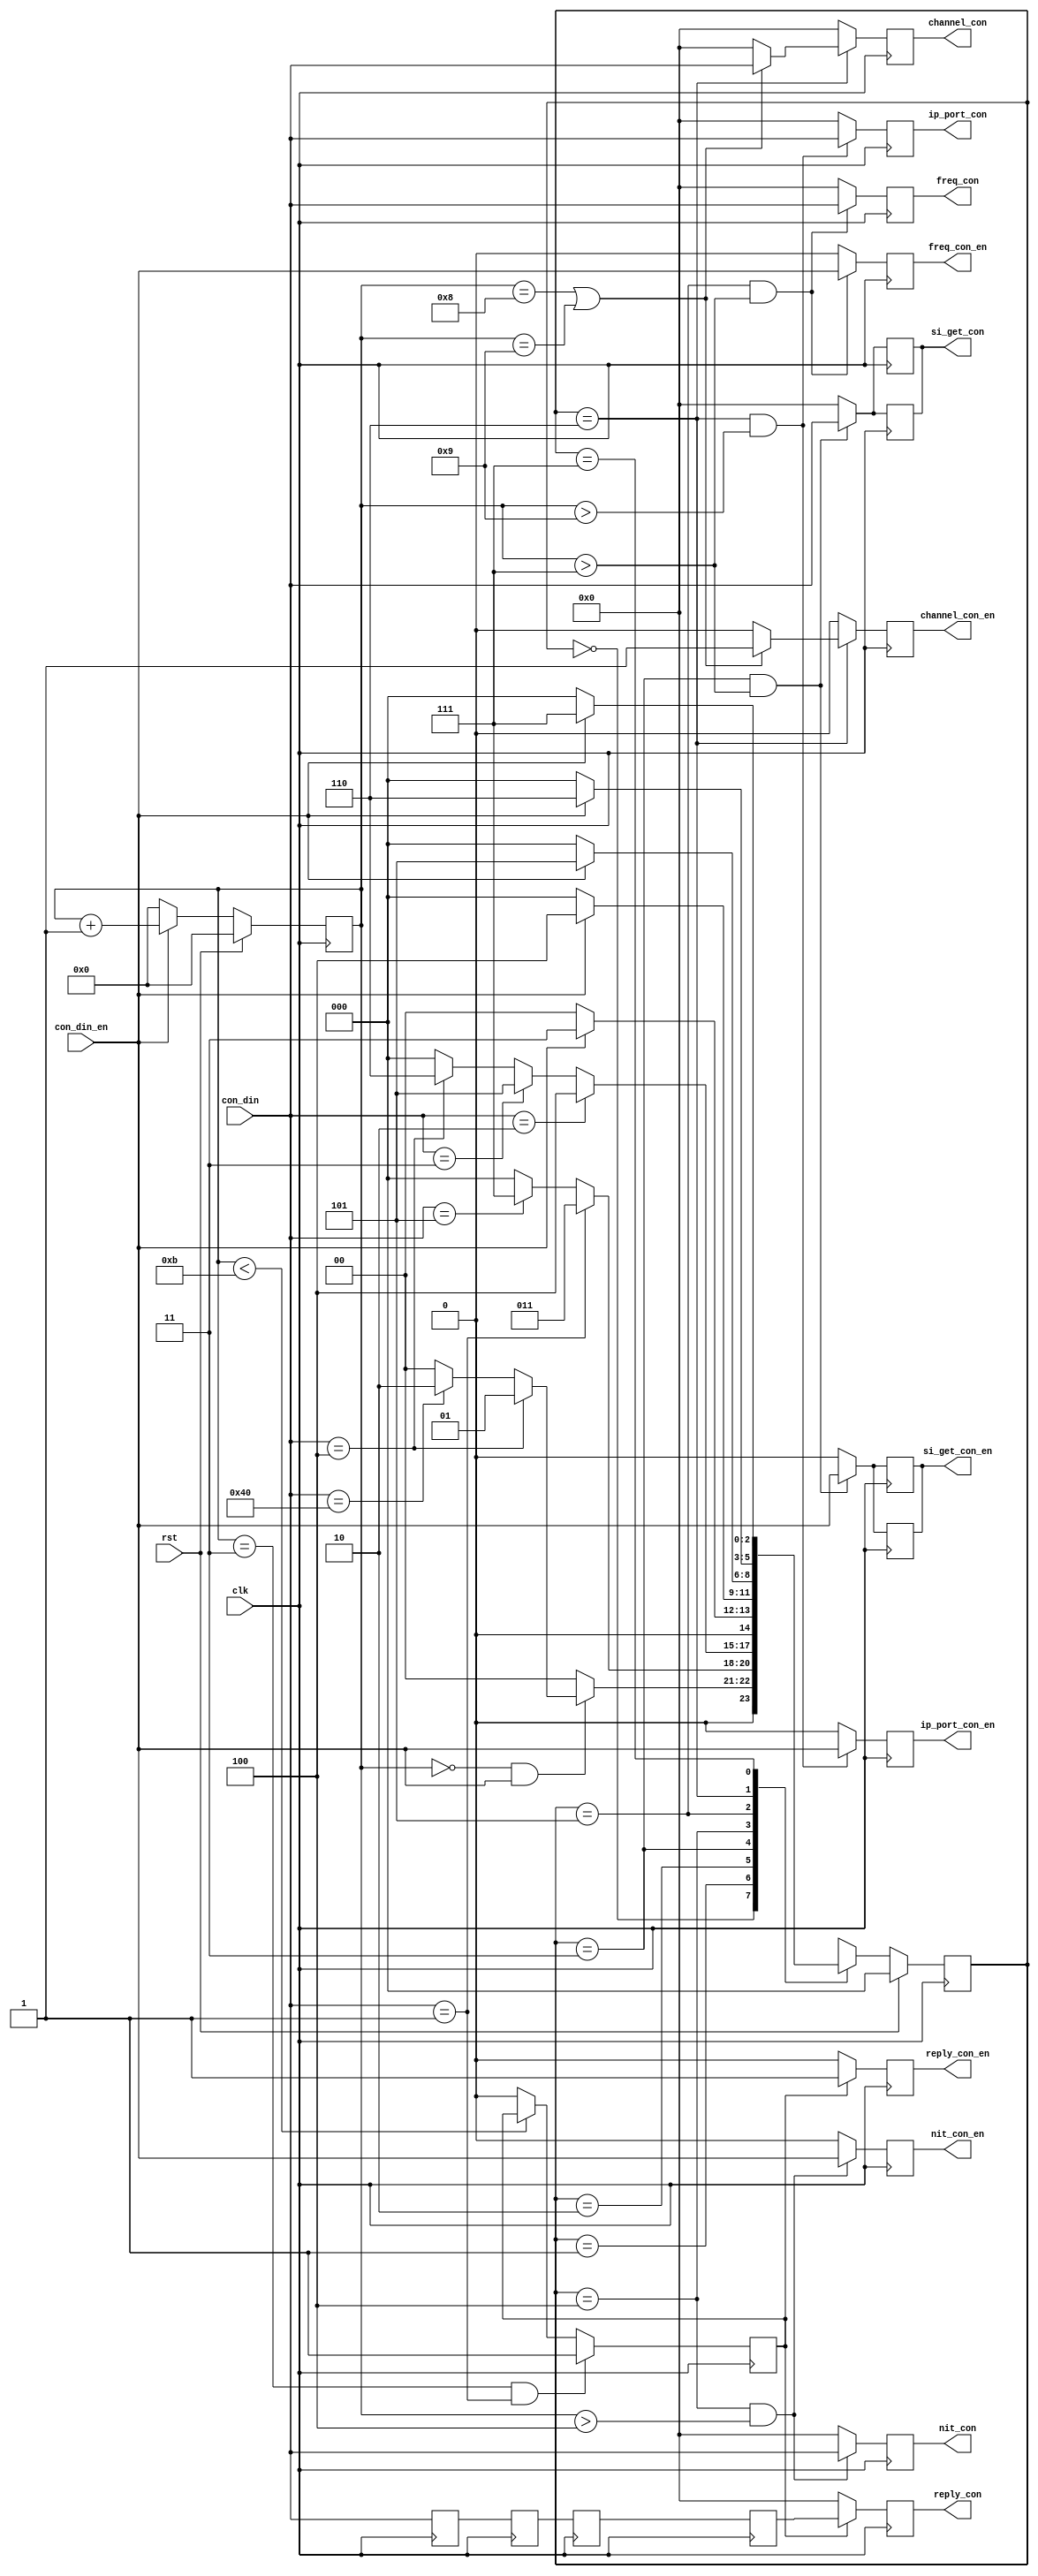
`timescale 1ns / 1ps
//////////////////////////////////////////////////////////////////////////////////
// Company: 
// Engineer: 
// 
// Design Name: 
// Module Name:    command_treat 
// Project Name: 
// Target Devices: 
// Tool versions: 
// Description: 
//
// Dependencies: 
//
// Revision: 
// Revision 0.01 - File Created
// Additional Comments: 
//
//////////////////////////////////////////////////////////////////////////////////
module command_treat(
	clk,
	rst,
	
	con_din,
	con_din_en,
	
	si_get_con,
	si_get_con_en,
	
	nit_con,
	nit_con_en,
	
	freq_con,
	freq_con_en,
	
	channel_con,//IP PORT
	channel_con_en,
	
	ip_port_con,//
	ip_port_con_en,
	
	reply_con,
	reply_con_en

    );
    
    
    input clk;
    input rst;
    
    input	[7:0]con_din;
    input	con_din_en;
    
    output	[7:0]si_get_con;
    output	si_get_con_en;
    
    reg	[7:0]si_get_con;
    reg	si_get_con_en;
    
    output	[7:0]nit_con;
    output	nit_con_en;
    
    reg	[7:0]nit_con;
    reg	nit_con_en;
    
    
    output 	[7:0]freq_con;
    output	freq_con_en;
    
    reg 	[7:0]freq_con;
    reg	freq_con_en;
    
    output	[7:0]channel_con;
    output	channel_con_en;
    
    reg 	[7:0]channel_con;
    reg	channel_con_en;
    
    output	[7:0]ip_port_con;
		output	ip_port_con_en;
		
		reg	[7:0]ip_port_con;
		reg	ip_port_con_en;
		
		output 	[7:0]reply_con;
		output	reply_con_en;
		
		reg	[7:0]reply_con;
		reg	reply_con_en;
		
		reg	[7:0]con_din_r,con_din_rr,con_din_rrr,con_din_rrrr;
		reg	reply_en;
		
		
		reg	[15:0]	con_cnt;
		
		reg	[2:0]cmd_cstate;
		reg	[2:0]cmd_nstate;
		
		parameter	IDLE=0,
							READ_CON=1,
							WRITE_CON=2,
							SI_READ=3,
							NIT_CONF=4,
							FRE_CONF=5,
							IP_PORT_CONF=6,
							RATE_READ=7;
		
		
		always@(posedge clk)begin
			if(rst)
				con_cnt	<=	0;
			else	if(con_din_en)
				con_cnt	<=	con_cnt+16'h1;
			else
				con_cnt	<=	0;
		end
		
		always@(posedge clk)begin
			con_din_r	<=	con_din;
			con_din_rr	<=	con_din_r;
			con_din_rrr	<=	con_din_rr;
			con_din_rrrr	<=	con_din_rrr;
		end
		
		
		always@(posedge clk)begin
			if(con_cnt==3 && con_din==8'h01)
				reply_en	<=1;
			else if(con_cnt<11)
				reply_en	<=reply_en;
			else
				reply_en	<=0;
		end
		
		always@(posedge clk)begin
			if(reply_en)begin
				reply_con	<=	con_din_rrrr;
				reply_con_en	<=	1;
			end
			else begin
				reply_con	<=	0;
				reply_con_en	<=	0;
			end
		end
		
		
		always@(posedge clk)begin
			if(rst)
				cmd_cstate	<=	IDLE;
			else
				cmd_cstate	<=	cmd_nstate;
		end
		
		
		always@(*)begin
			case(cmd_cstate)
				IDLE:
					if(con_cnt==0 && con_din_en)begin
						if(con_din==8'h04)
							cmd_nstate	=	READ_CON;
						else	if(con_din==8'h40)
							cmd_nstate	=	WRITE_CON;
						else
							cmd_nstate	=	IDLE;
					end
					else
						cmd_nstate	=	IDLE;
				READ_CON:
					if(con_din==8'h01)
						cmd_nstate	=	SI_READ;
					else if(con_din==8'h05)
						cmd_nstate	=	RATE_READ;
					else
						cmd_nstate	=	IDLE;
				WRITE_CON:
					if(con_din==8'h02)
						cmd_nstate	=	NIT_CONF;
					else if(con_din==8'h03)
						cmd_nstate	=	FRE_CONF;
					else if(con_din==8'h04)
						cmd_nstate	=	IP_PORT_CONF;
					else
						cmd_nstate	=	IDLE;
					SI_READ:
						if(!con_din_en)
							cmd_nstate	=	IDLE;
						else
							cmd_nstate	=	SI_READ;
					NIT_CONF:
						if(!con_din_en)
							cmd_nstate	=	IDLE;
						else
							cmd_nstate	=	NIT_CONF;
					FRE_CONF:
						if(!con_din_en)
							cmd_nstate	=	IDLE;
						else
							cmd_nstate	=	FRE_CONF;
					IP_PORT_CONF:
						if(!con_din_en)
							cmd_nstate	=	IDLE;
						else
							cmd_nstate	=	IP_PORT_CONF;
					RATE_READ:
						if(!con_din_en)
							cmd_nstate	=	IDLE;
						else
							cmd_nstate	=	RATE_READ;				
				default:
					cmd_nstate	=	IDLE;
		
			endcase
		end
		
		
		
		always@(posedge clk)begin
			if(cmd_cstate==SI_READ && con_cnt>7)begin
				si_get_con	<= con_din;
				si_get_con_en	<=	con_din_en;
			end
			else begin
				si_get_con	<= 0;
				si_get_con_en	<=	0;
			end
		end
		
		always@(posedge clk)begin
			if(cmd_cstate==NIT_CONF && con_cnt>4)begin
				nit_con	<= con_din;
				nit_con_en	<=	con_din_en;
			end
			else begin
				nit_con	<= 0;
				nit_con_en	<=	0;
			end
		end
		
		
		always@(posedge clk)begin
			if(cmd_cstate==SI_READ && con_cnt>7)begin
				si_get_con	<= con_din;
				si_get_con_en	<=	con_din_en;
			end
			else begin
				si_get_con	<= 0;
				si_get_con_en	<=	0;
			end
		end
		
		
		always@(posedge clk)begin
			if(cmd_cstate==FRE_CONF && con_cnt>7)begin
				freq_con	<=	con_din;
				freq_con_en	<=	con_din_en;
			end
			else begin
				freq_con	<=	0;
				freq_con_en	<=	0;
			end
		end
		
		always@(posedge clk)begin
			if(cmd_cstate==IP_PORT_CONF)begin
				if(con_cnt==8||con_cnt==9)begin
					channel_con	<=con_din;
					channel_con_en	<=1;
				end
				else begin
					channel_con	<=0;
					channel_con_en	<=0;
				end
			end
			else begin
				channel_con	<=0;
				channel_con_en	<=0;
			end
		end
		
		
		always@(posedge clk)begin
			if(cmd_cstate==IP_PORT_CONF && con_cnt>9)begin
				ip_port_con	<= con_din;
				ip_port_con_en	<=con_din_en;
			end
			else begin
				ip_port_con	<= 0;
				ip_port_con_en	<=0;
			end
		end
		
		

endmodule